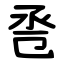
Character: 卺